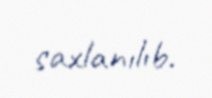
saxlanılıb.